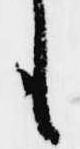
も